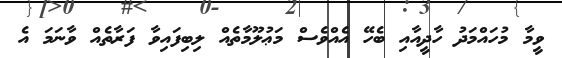
ވީމާ މުހައްމަދު ހާދީއާއި ބެހޭ އެއްވެސް މަޢުލޫމާތެއް ލިބިފައިވާ ފަރާތެއް ވާނަމަ އެ